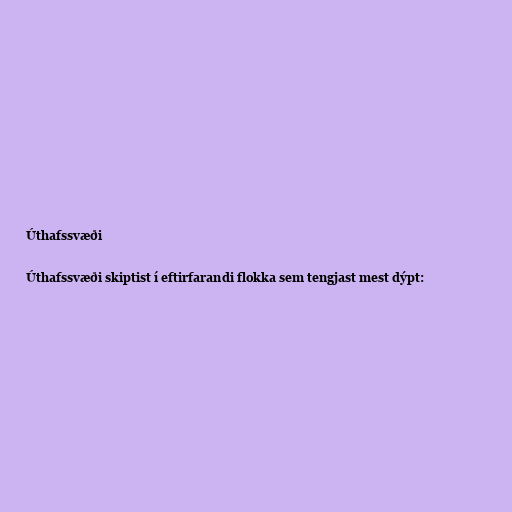
Úthafssvæði

Úthafssvæði skiptist í eftirfarandi flokka sem tengjast mest dýpt: